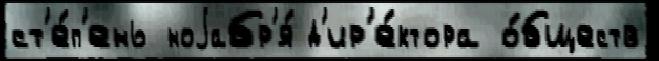
ст'е́п'ень ноjабр'я́ д'ир'е́ктора о́бществ